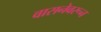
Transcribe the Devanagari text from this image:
वासनेवरून